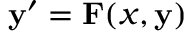
\mathbf { y } ^ { \prime } = \mathbf { F } ( x , \mathbf { y } )